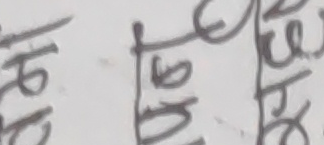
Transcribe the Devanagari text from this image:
नेगेट